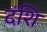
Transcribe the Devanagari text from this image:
दंशि